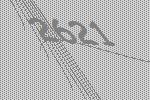
2621